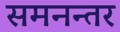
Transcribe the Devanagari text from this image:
समनन्तर